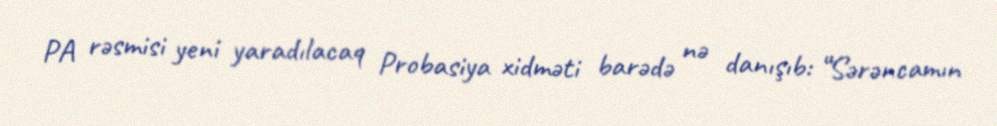
PA rəsmisi yeni yaradılacaq Probasiya xidməti barədə nə danışıb: “Sərəncamın